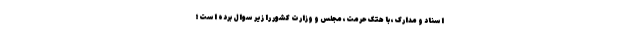
اسناد و مدارک، با هتک حرمت، مجلس و وزارت کشور را زیر سوال برده است؛